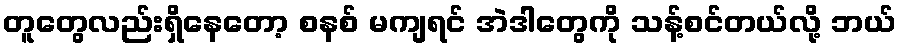
တူတွေလည်းရှိနေတော့ စနစ် မကျရင် အဲဒါတွေကို သန့်စင်တယ်လို့ ဘယ်